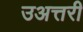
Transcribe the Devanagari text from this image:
उअत्तरी